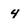
Character: 4